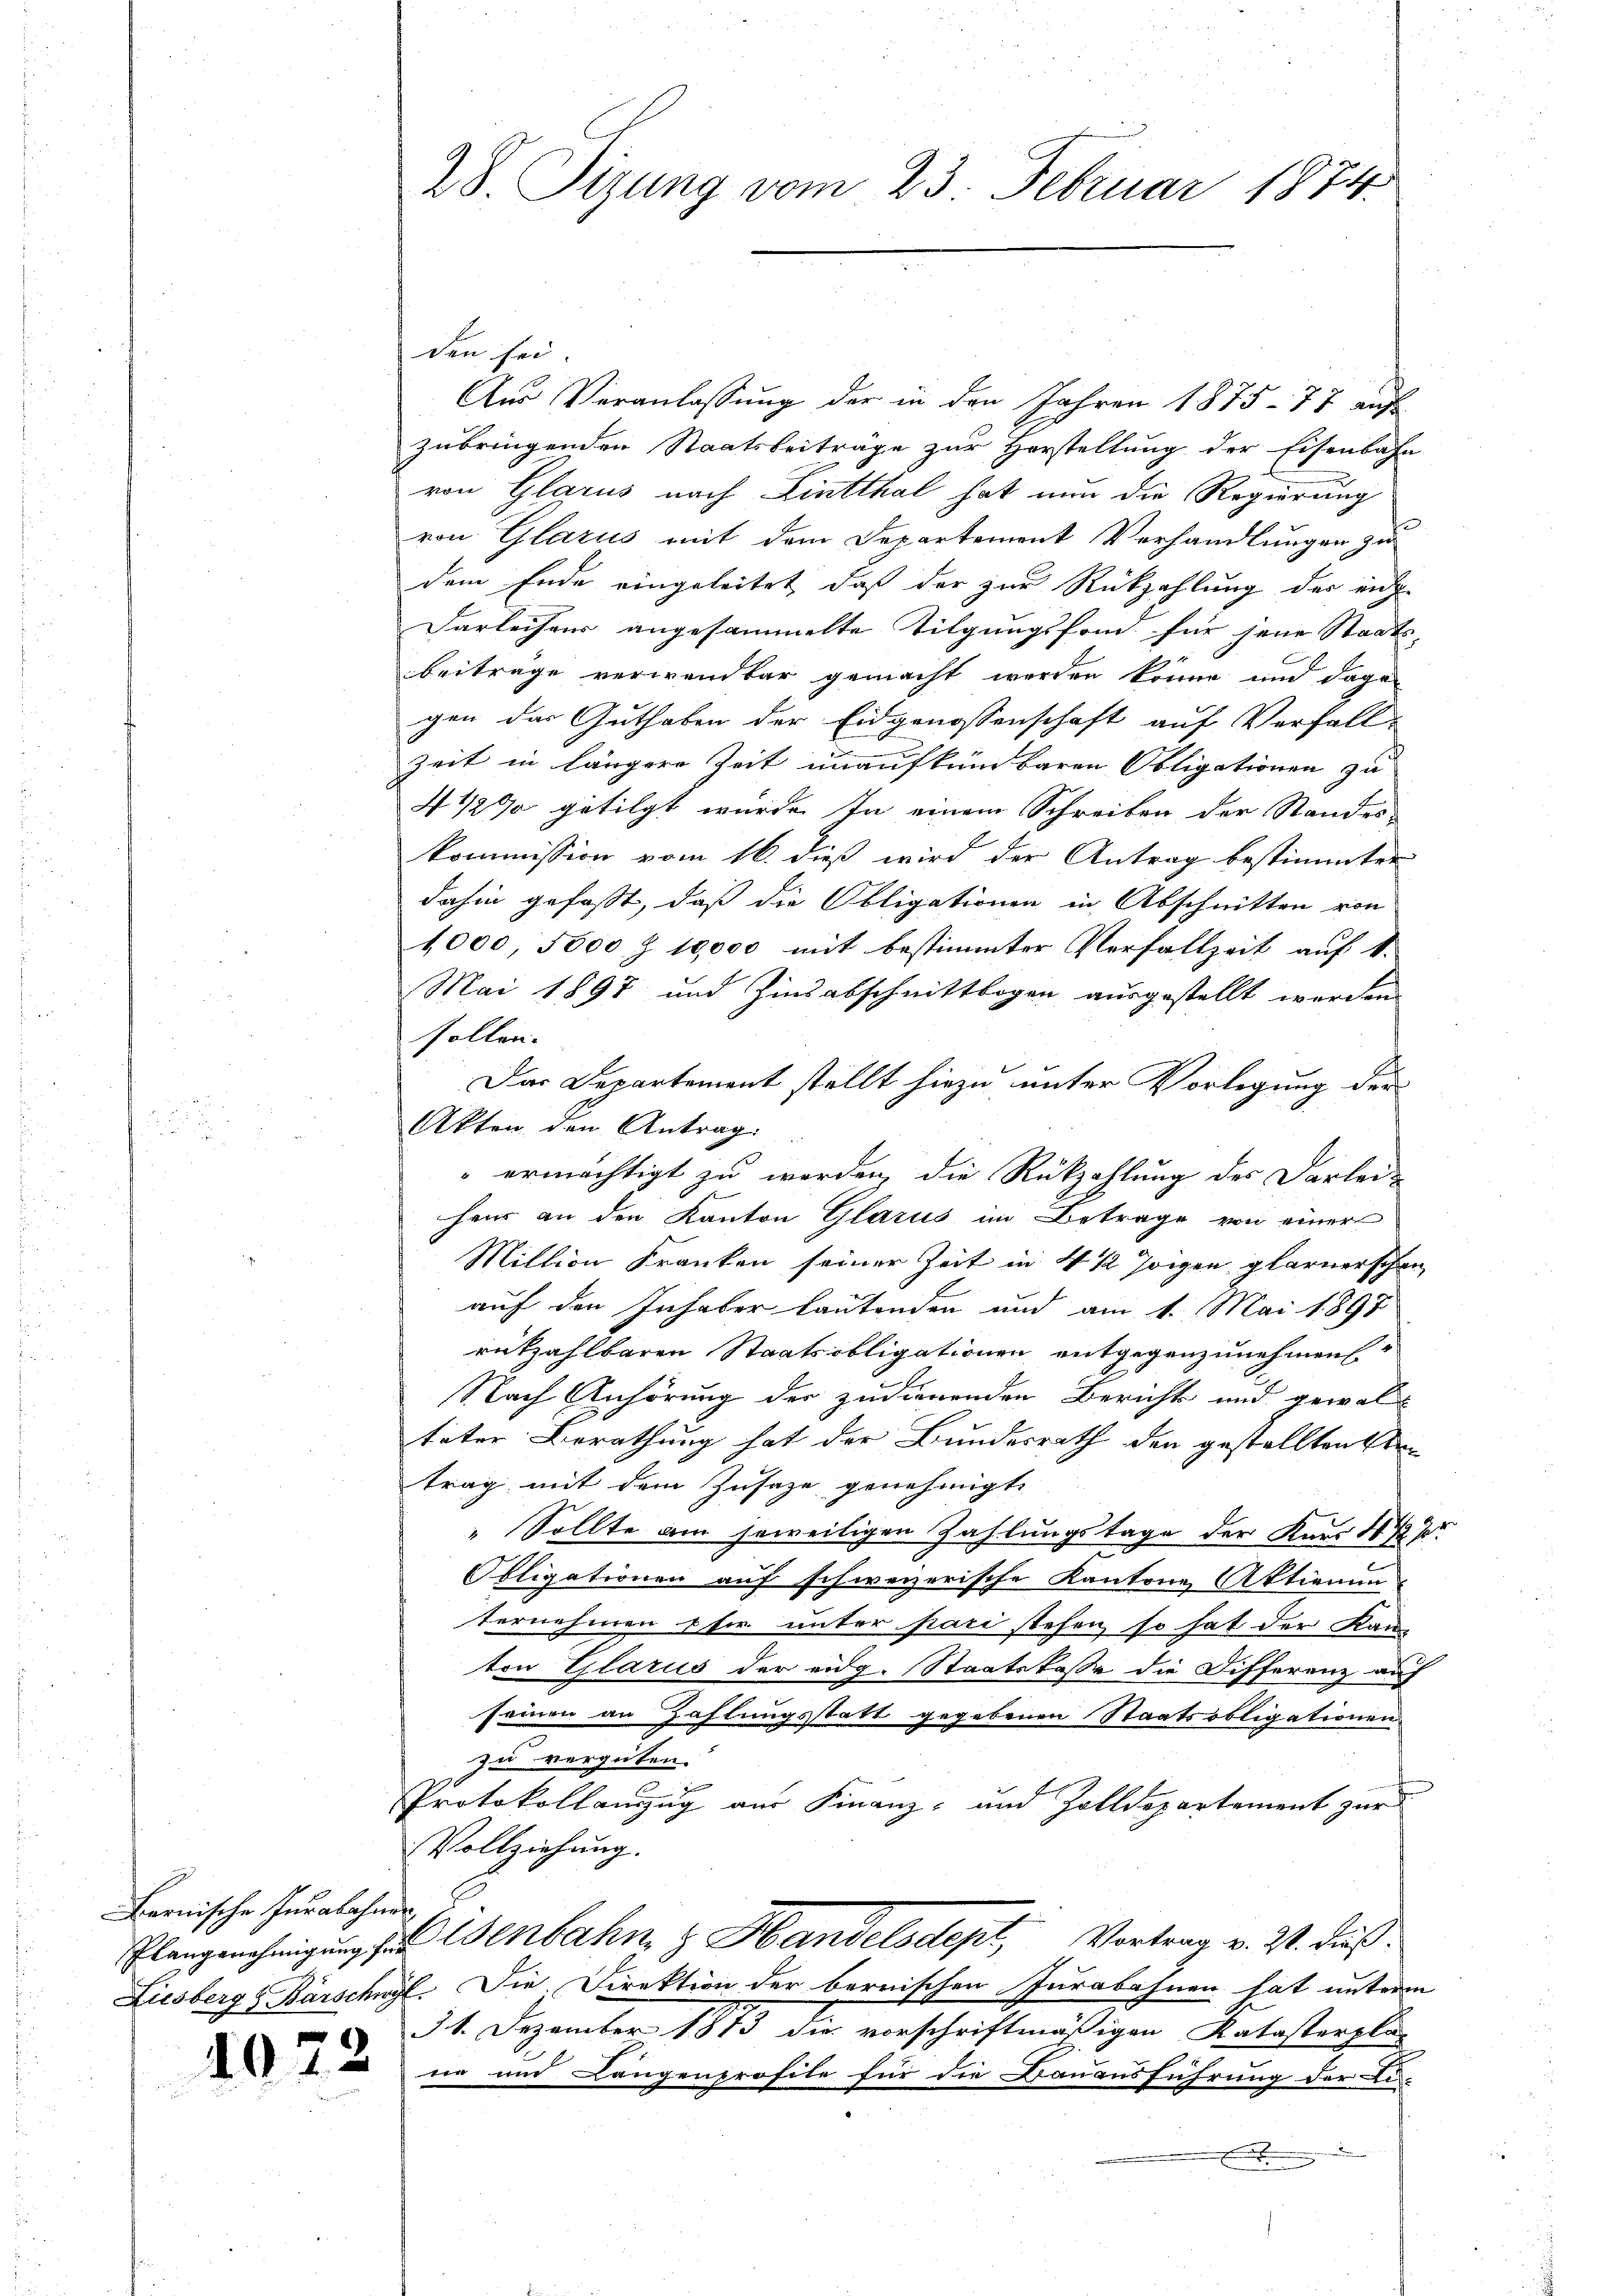
Bernische Jurabohner,

40

den sei
Aus Veranlassung der in den Jahren 1875 - 77 auf
zubringenden Staatsbeiträge zur Horstellung der Eisenbahn
von Glarus nach Lintthal hat nun die Regierung
von Glarus mit dem Departement Verhandlungen zu
dem Ende eingeleitet, daß der zur Rückzahlung der eidg
Darleihens angesammelte Tilgungsfond für jene Staats-
beiträge verwendbar gemacht worden könne und dage
gen das Guthaben der Eidgenossenschaft auf Verfall
Zeit in längere Zeit unaufkein baren Obligationen zu
4 1/2% getilgt wurde. In einem Schreiben der Standes-
kommission vom 16. dieß wird der Antrag bestimmter
dahin gefaßt, daß die Obligationen in Abschnitten von
1,000 5000 Z 10,000 mit bestimmter Verfallzeit auf 1.
Mai 1897 und Zinsabschnittbogen ausgestellt werden
sollen.
Das Departement stellt hiezu unter Vorlegung der
Akten den Antrag:
 ermächtigt zu werden, die Rückzahlung des Darlei-
hei an den Kanton Glarus im Betrage von einer
Million Franken seiner Zeit in 4 1/2 Joigen glarnerschen
auf den Inhaber lautenden und am 1. Mai 1897
retzahlbaren Staatsobligationen entgegenzunehmen
Nach Anhörung der zudienenden Berichts und gewalt
täter Berathung hat der Bundesrath der gestellten Ste
trag mit dem Zusaze genehmigte
Sollte am jeweiligen Zahlungstage der Kaus 4 ½ J
Obligationen auf schweizerische Kantone Aktienun
ternehmen & sr. unter pari stehen, so hat der Kan-
ten Glarus der eidg. Staatskasse die Differenz auf
seinen an Zahlungsstatt gegebenen Staatsobligationen
zu vergüten.
Protokollauszug aus Finanz- und Zolldepartement zur
Vollziehung.
Plangenehmigung der Verbahn & Handelsdept, Vortrag v. Zt. dieß¬
Liesberg, Barschwyl. Die Direktion der bernischen Jurabohnen hat unterm
34. Dezember 1873 die vorschriftmäßigen Katasterpli-
ne und Langenprofile für die Bauausführung der Li-
.

28. Sizung vom 23. Februar 1874.